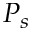
P _ { s }